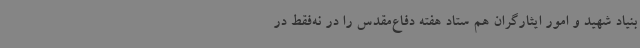
بنیاد شهید و امور ایثارگران هم ستاد هفته دفاع‌مقدس را در نه‌فقط در